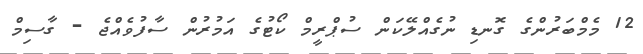
12 މެމްބަރުންގެ ގޮނޑި ނުގެއްލޭކަން ސުޕްރީމް ކޯޓުގެ އަމުރުން ސާފުވެއްޖެ - ގާސިމް